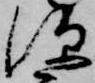
深